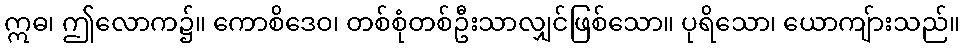
ဣဓ၊ ဤလောက၌။ ကောစိဒေဝ၊ တစ်စုံတစ်ဦးသာလျှင်ဖြစ်သော။ ပုရိသော၊ ယောကျ်ားသည်။